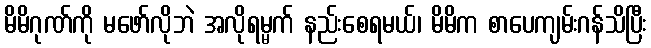
မိမိဂုဏ်ကို မဖော်လိုဘဲ အလိုရမ္မက် နည်းစေရမယ်၊ မိမိက စာပေကျမ်းဂန်သိပြီး